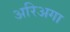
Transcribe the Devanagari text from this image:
अरिअगा